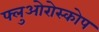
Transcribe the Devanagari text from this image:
फ्लुओरोस्कोप